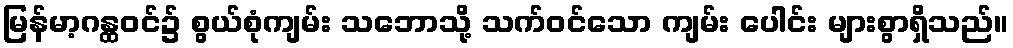
မြန်မာ့ဂန္ထဝင်၌ စွယ်စုံကျမ်း သဘောသို့ သက်ဝင်သော ကျမ်း ပေါင်း များစွာရှိသည်။